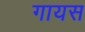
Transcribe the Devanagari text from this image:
गायस